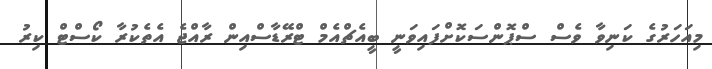
މިއަހަރުގެ ކަނިވާ ވެސް ސްޕޮންސަކޮށްފައިވަނީ ބީއެޗްއެމް ޓްރޭޑާސްއިން ރާއްޖެ އެތެކުރާ ކޯސްޓް ކިރު